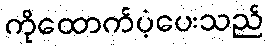
ကိုထောက်ပံ့ပေးသည်